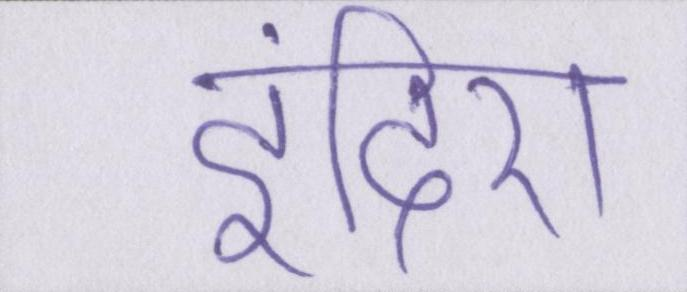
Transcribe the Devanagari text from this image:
इंदिरा